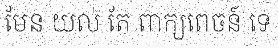
មែន យល់ តែ ពាក្យពេចន៍ ទេ